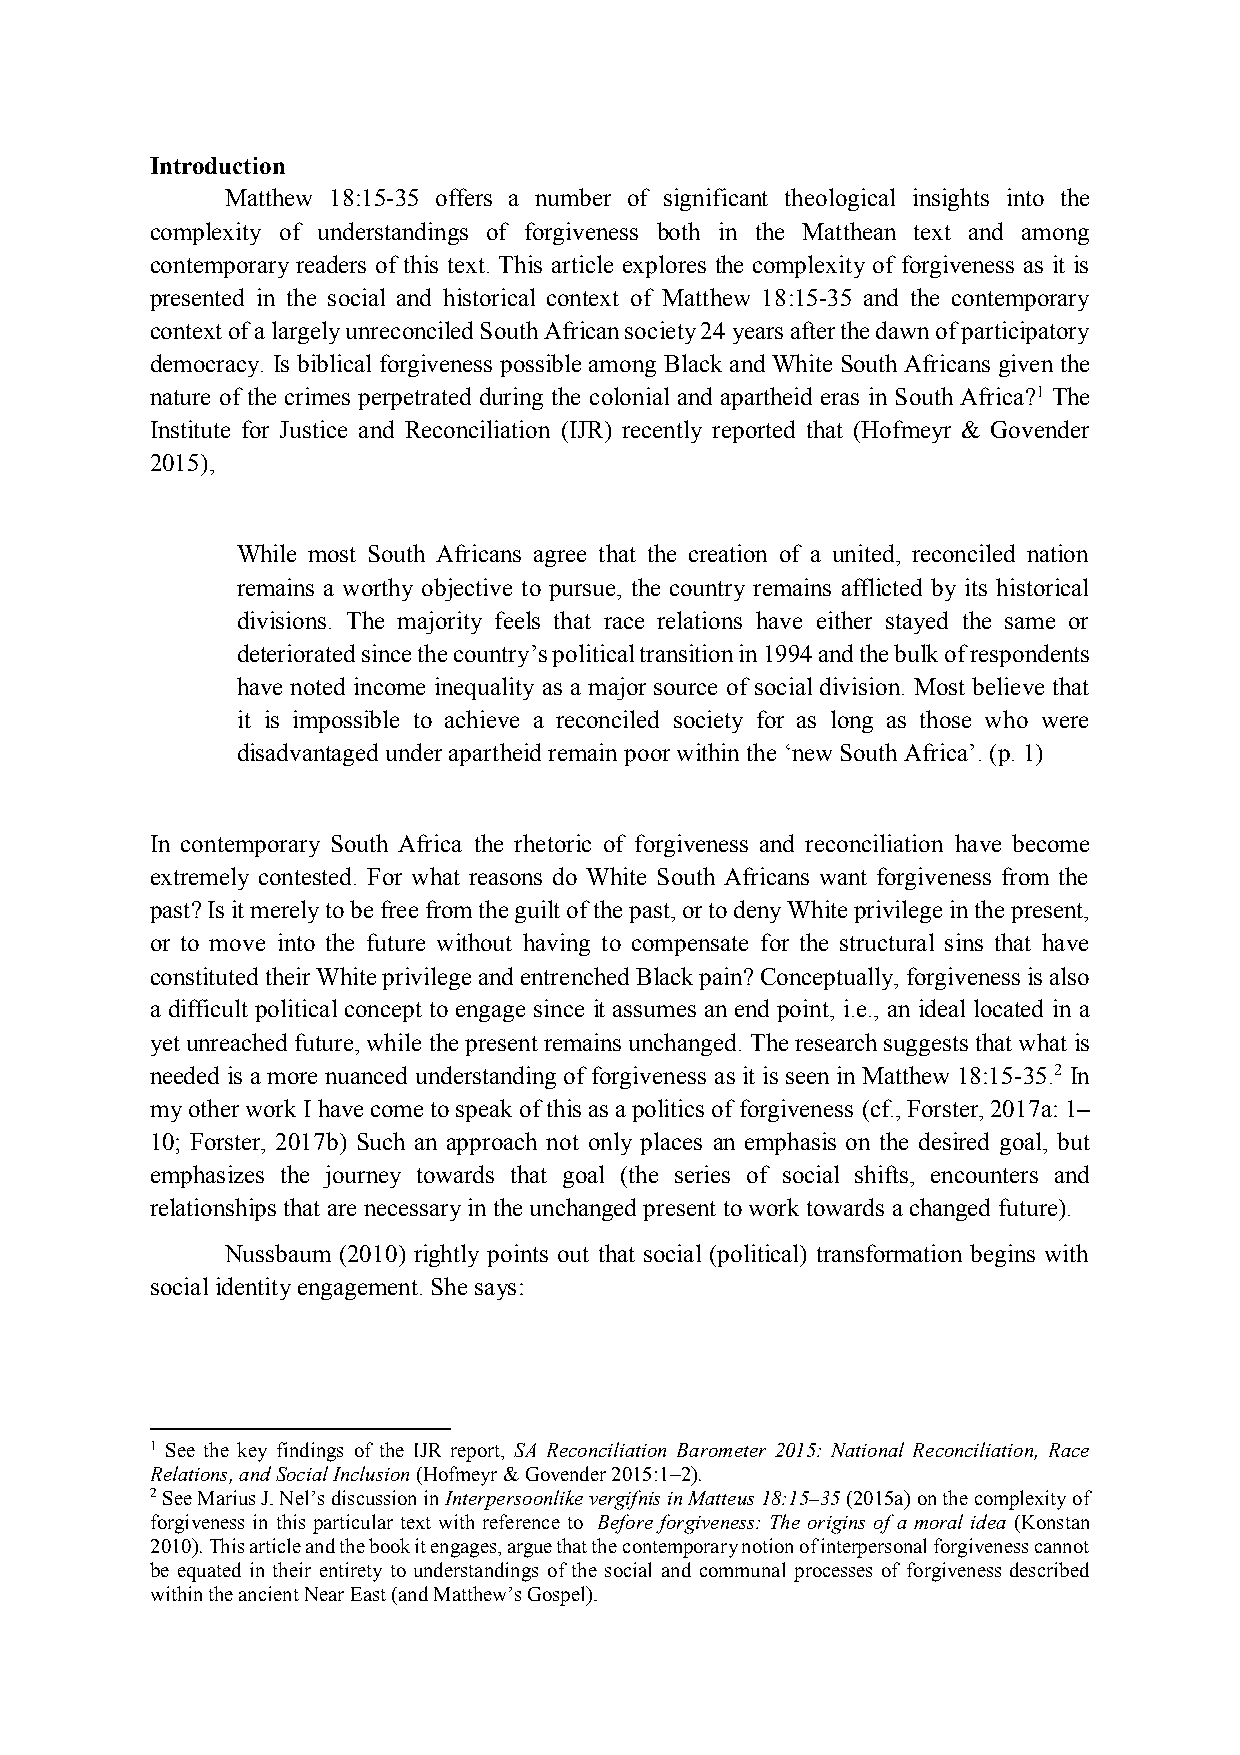
Introduction
 Matthew 18:15-35 offers a number of significant theological insights into the
 complexity of understandings of forgiveness both in the Matthean text and among
 contemporary readers of this text. This article explores the complexity of forgiveness as it is
 presented in the social and historical context of Matthew 18:15-35 and the contemporary
 context of a largely unreconciled South African society 24 years after the dawn of participatory
 democracy. Is biblical forgiveness possible among Black and White South Africans given the
 nature of the crimes perpetrated during the colonial and apartheid eras in South Africa?1 The
 Institute for Justice and Reconciliation (IJR) recently reported that (Hofmeyr & Govender
 2015),
 While most South Africans agree that the creation of a united, reconciled nation
 remains a worthy objective to pursue, the country remains afflicted by its historical
 divisions. The majority feels that race relations have either stayed the same or
 deteriorated since the country’s political transition in 1994 and the bulk of respondents
 have noted income inequality as a major source of social division. Most believe that
 it is impossible to achieve a reconciled society for as long as those who were
 disadvantaged under apartheid remain poor within the ‘new South Africa’. (p. 1)
 In contemporary South Africa the rhetoric of forgiveness and reconciliation have become
 extremely contested. For what reasons do White South Africans want forgiveness from the
 past? Is it merely to be free from the guilt of the past, or to deny White privilege in the present,
 or to move into the future without having to compensate for the structural sins that have
 constituted their White privilege and entrenched Black pain? Conceptually, forgiveness is also
 a difficult political concept to engage since it assumes an end point, i.e., an ideal located in a
 yet unreached future, while the present remains unchanged. The research suggests that what is
 needed is a more nuanced understanding of forgiveness as it is seen in Matthew 18:15-35.2 In
 my other work I have come to speak of this as a politics of forgiveness (cf., Forster, 2017a: 1–
 10; Forster, 2017b) Such an approach not only places an emphasis on the desired goal, but
 emphasizes the journey towards that goal (the series of social shifts, encounters and
 relationships that are necessary in the unchanged present to work towards a changed future).
 Nussbaum (2010) rightly points out that social (political) transformation begins with
 social identity engagement. She says:
 1 See the key findings of the IJR report, SA Reconciliation Barometer 2015: National Reconciliation, Race
 Relations, and Social Inclusion (Hofmeyr & Govender 2015:1–2).
 2 See Marius J. Nel’s discussion in Interpersoonlike vergifnis in Matteus 18:15–35 (2015a) on the complexity of
 forgiveness in this particular text with reference to Before forgiveness: The origins of a moral idea (Konstan
 2010). This article and the book it engages, argue that the contemporary notion of interpersonal forgiveness cannot
 be equated in their entirety to understandings of the social and communal processes of forgiveness described
 within the ancient Near East (and Matthew’s Gospel).